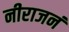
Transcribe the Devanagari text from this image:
नीराजनं